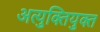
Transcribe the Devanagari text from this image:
अत्युक्तियुक्त